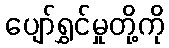
ပျော်ရွှင်မှုတို့ကို